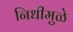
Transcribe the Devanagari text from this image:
निधीमुळे